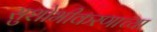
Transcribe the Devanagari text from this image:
सुशोभीकरणाच्या